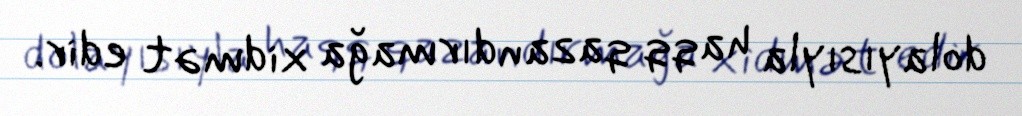
dolayısıyla haqq qazandırmağa xidmət edir.